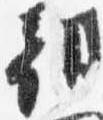
朝